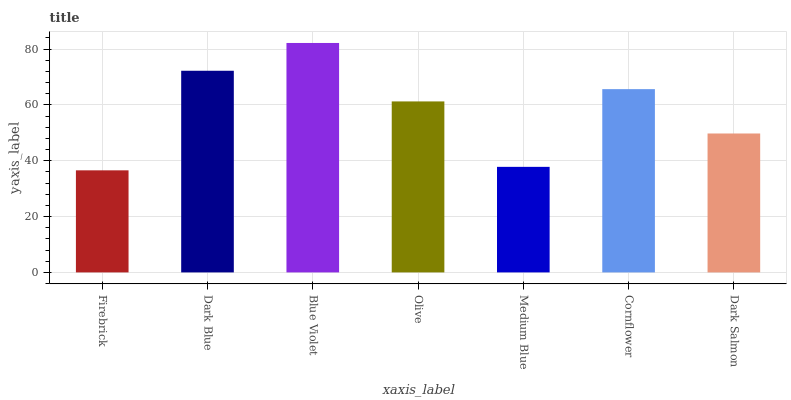
| xaxis_label | bars |
 | --- | --- |
 | Firebrick | 36.6 |
 | Dark Blue | 72.2 |
 | Blue Violet | 82.2 |
 | Olive | 61.2 |
 | Medium Blue | 37.8 |
 | Cornflower | 65.6 |
 | Dark Salmon | 49.8 |